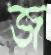
জ